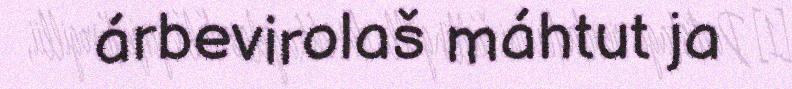
árbevirolaš máhtut ja